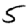
Digit: 5